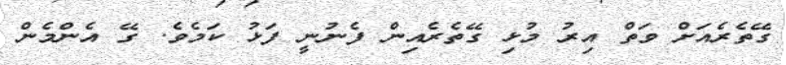
ގޭތެރެއަށް ވަތް އިރު މުޅި ގޭތެރެއިން ފެނުނީ ފަޅު ކަމެވެ. ގޭ އެންމެން